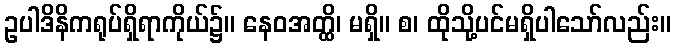
ဥပါဒိနိကရုပ်ရှိရာကိုယ်၌။ နေဝအတ္ထိ၊ မရှိ။ စ၊ ထိုသို့ပင်မရှိပါသော်လည်း။